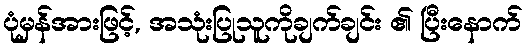
ပုံမှန်အားဖြင့်, အသုံးပြုသူကိုချက်ချင်း ၏ ပြီးနောက်